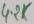
Text: 4.2K